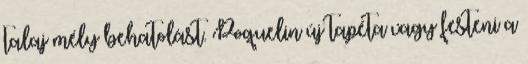
talaj mély behatolást. Poquelin új tapéta vagy festeni a